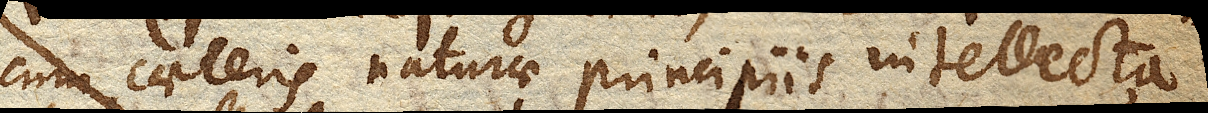
cum caeteris naturae principiis intellecta